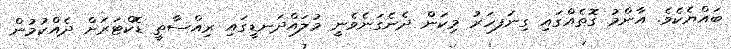
ބައްޔެކެވެ. އާންމު ގޮތެއްގައި ގިނަފހަރު މިކަން ދެނެގަނެވެނީ މުލައްދަނޑީގައި ރިއްސާތީ ޑޮކްޓަރަށް ދެއްކުމުން